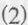
(2)